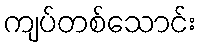
ကျပ်တစ်သောင်း